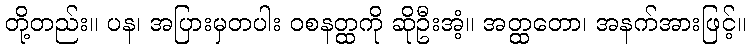
တို့တည်း။ ပန၊ အပြားမှတပါး ဝစနတ္ထကို ဆိုဦးအံ့။ အတ္ထတော၊ အနက်အားဖြင့်။